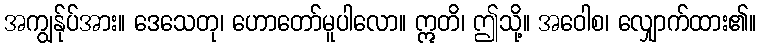
အကျွန်ုပ်အား။ ဒေသေတု၊ ဟောတော်မူပါလော။ ဣတိ၊ ဤသို့။ အဝေါစ၊ လျှောက်ထား၏။